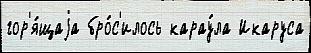
гор'я́щаjа бро́с'илось карау́ла Икаруса